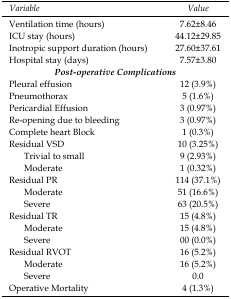
| Variable | Value |
 | --- | --- |
 | Ventilation time (hours) | 7.62±8.46 |
 | ICU stay (hours) | 44.12±29.85 |
 | Inotropic support duration (hours) | 27.60±37.61 |
 | Hospital stay (days) | 7.57±3.80 |
 | <COLSPAN=2> Post-operative Complications |
 | Pleural effusion | 12 (3.9%) |
 | Pneumothorax | 5 (1.6%) |
 | Pericardial Effusion | 3 (0.97%) |
 | Re-opening due to bleeding | 3 (0.97%) |
 | Complete heart Block | 1 (0.3%) |
 | Residual VSD | 10 (3.25%) |
 | Trivial to small | 9 (2.93%) |
 | Moderate | 1 (0.32%) |
 | Residual PR | 114 (37.1%) |
 | Moderate | 51 (16.6%) |
 | Severe | 63 (20.5%) |
 | Residual TR | 15 (4.8%) |
 | Moderate | 15 (4.8%) |
 | Severe | 00 (0.0%) |
 | Residual RVOT | 16 (5.2%) |
 | Moderate | 16 (5.2%) |
 | Severe | 0.0 |
 | Operative Mortality | 4 (1.3%) |